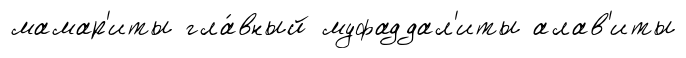
мамар'иты гла́вный муфаддал'иты алав'иты